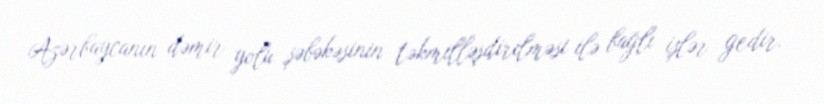
Azərbaycanın dəmir yolu şəbəkəsinin təkmilləşdirilməsi ilə bağlı işlər gedir.